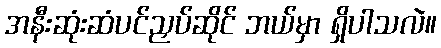
အနီးဆုံးဆံပင်ညှပ်ဆိုင် ဘယ်မှာ ရှိပါသလဲ။